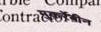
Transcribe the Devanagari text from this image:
मुक़र्रेबीन